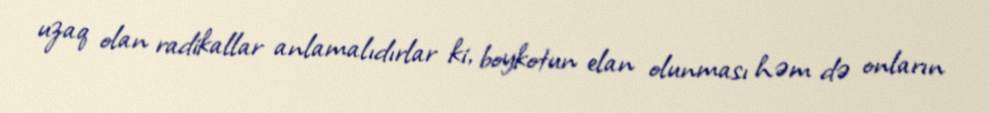
uzaq olan radikallar anlamalıdırlar ki, boykotun elan olunması həm də onların